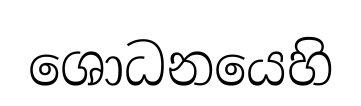
ශොධනයෙහි